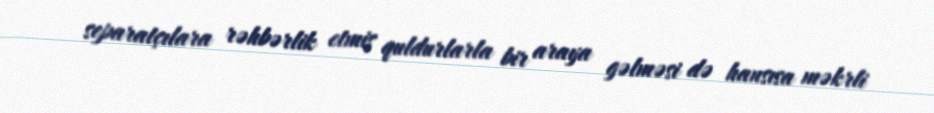
separatçılara rəhbərlik etmiş quldurlarla bir araya gəlməsi də hansısa məkrli